King Institute of Preventive Medicine Bacteriolog. Section reports 1907-08
Year: 1907
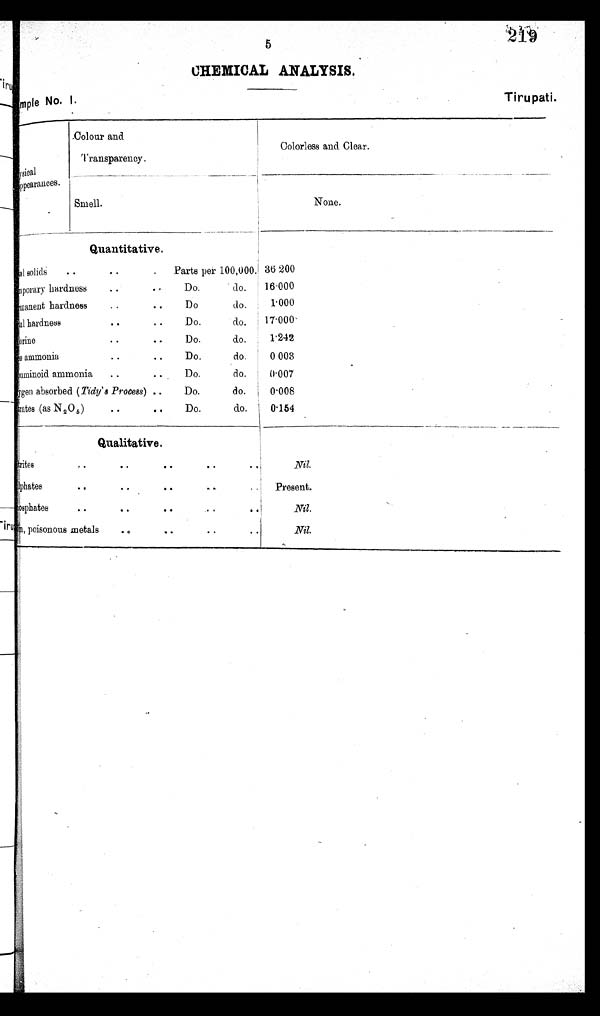
mle No. 1.
Tirupati
5
219
CHEMICAL ANALYSIS.
sical
ppearanees.
Colour and
Transpareney.
Colorless and Clear.
Smell.
None.
Q u a n t i t a t i v e .
al solids .. ..
Parts per 100,000 36 200
mporary hardness
.. ..
Do.
do.
16 000
manent har dnes s .. ..
Do
do.
1 000
l har dness .. ..
Do.
do.
17 000
orine
.. ..
Do.
do.
1 242
e ammonia
.. ..
Do.
do.
0 003
mminoid ammonia
. . . .
Do.
do.
0.007
ygen absorbed (Tidy's Process) ..
Do.
do.
0 008
trates (as N 2 0 5 ) .. ..
Do.
do.
0 154
Q u a l i t a t i v e .
trites
..
.. . .
..
. .
Nil.
u1phat es .. .. ..
..
. .
Present.
posphates
.. ..
. . . .
..
Nil.
m, Poisonous metals
.. ..
..
.
. .
Nil.